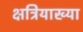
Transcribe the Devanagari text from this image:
क्षत्रियाख्या